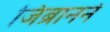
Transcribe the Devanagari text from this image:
जिब्रानने